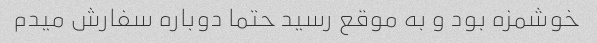
خوشمزه بود و به موقع رسید حتما دوباره سفارش میدم